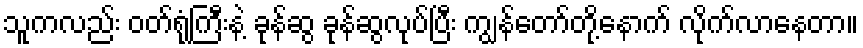
သူကလည်း ဝတ်ရုံကြီးနဲ့ ခုန်ဆွ ခုန်ဆွလုပ်ပြီး ကျွန်တော်တို့နောက် လိုက်လာနေတာ။